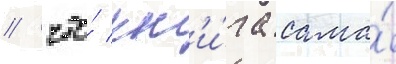
/ что́ кн'и́га сама́